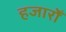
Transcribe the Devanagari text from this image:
हजारोँ